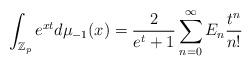
LaTeX: \begin{align*}\int_{\mathbb{Z}_p} e^{xt} d\mu_{-1} (x) = \frac{2}{e^t+1} \sum_{n=0}^\infty E_n \frac{t^n}{n!}\end{align*}